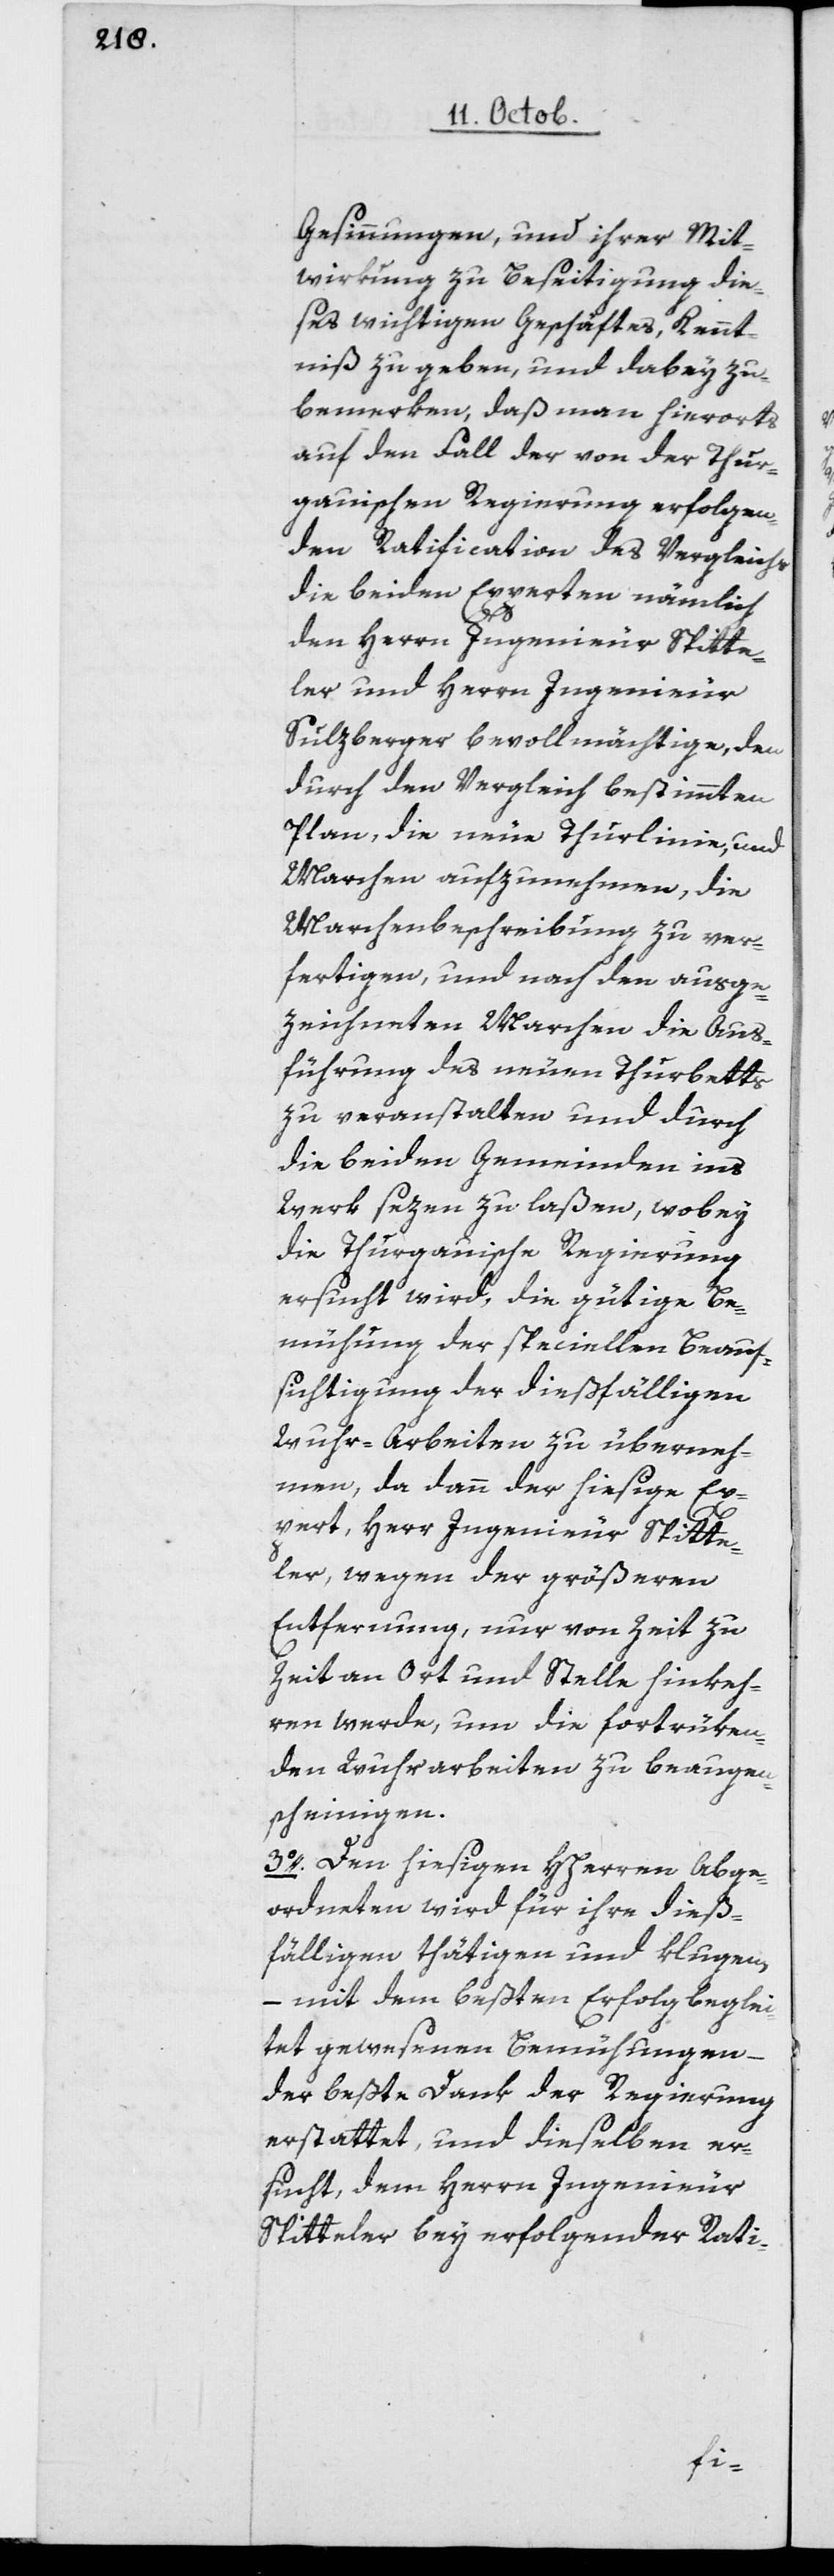
Gesinnungen, und ihrer Mit¬
wirkung zu Beseitigung die¬
ses wichtigen Geschäftes, Kennt¬
niß zu geben und dabey zu
bemerken, daß man hierorts
auf den Fall der von der Thur¬
gauischen Regierung erfolgen¬
den Ratification des Vergleichs,
die beiden Experten nämlich
den Herrn Ingenieur Spitte¬
ler und Herrn Ingenieur
Sulzberger bevollmächtige, den
durch den Vergleich bestimmten
Plan, die neue Thurlinie und
Marchen aufzunehmen, die
Marchenbeschreibung zu ver¬
fertigen, und nach den ausge¬
zeichneten Marchen die Aus¬
führung des neuen Thurbetts
zu veranstalten und durch
die beiden Gemeinden ins
Werk sezen zu laßen, wobey
die Thurgauische Regierung
ersucht wird, die gütige Be¬
mühung der speciellen Beauf¬
sichtigung der dießfälligen
Wuhr-Arbeiten zu überneh¬
men, da dann der hiesige Ex¬
pert, Herr Ingenieur Spitte¬
ler, wegen der größeren
Entfernung, nur von Zeit zu
Zeit an Ort und Stelle hinkeh¬
ren werde, um die fortrüken¬
den Wuhrarbeiten zu beaugen¬
scheinigen.
3o Den hiesigen HHerren Abge¬
ordneten wird für ihre dieß¬
fälligen thätigen und klugen
– mit dem beßten Erfolg beglei¬
tet gewesenen Bemühungen –
der beste Dank der Regierung
erstattet, und dieselben er¬
sucht, dem Herrn Ingenieur
Spitteler bey erfolgender Rati-